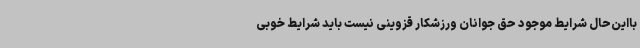
بااین‌حال شرایط موجود حق جوانان ورزشکار قزوینی نیست باید شرایط خوبی